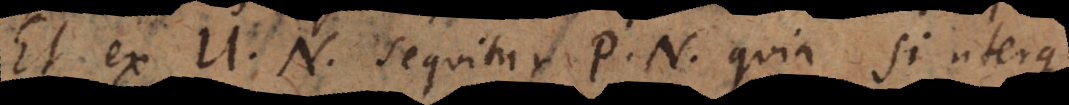
Et ex U. N. sequitur P. N. quia si uterque